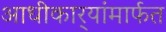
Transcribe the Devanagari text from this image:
आधीकार्‍यांमार्फत